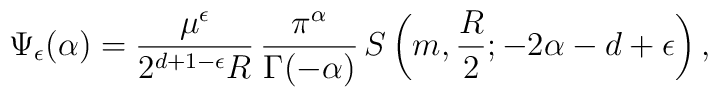
\Psi_\epsilon(\alpha)=\frac{\mu^{\epsilon}}{2^{d+1-\epsilon}R}\,\frac{\pi^{\alpha}}{\Gamma(-\alpha)}\,S\left(m,\frac{R}{2};-2\alpha-d+\epsilon\right),